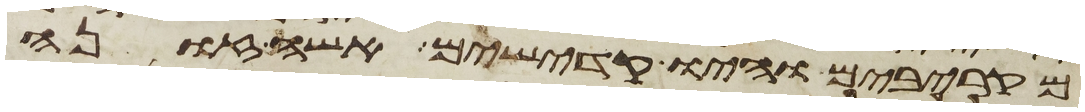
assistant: מקרבים והיו קדישים אשה זונה